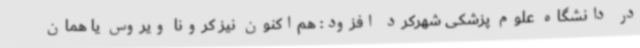
در دانشگاه علوم پزشکی شهرکرد افزود: هم‌اکنون نیز کرونا ویروس یا همان